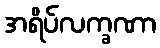
အရိပ်လက္ခဏာ